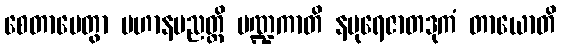
စေတာပေတွာ ပဟာနပညတ္တိ ပဏ္ဍကာတိ နပုရေဇာတဒုကံ တာယောတိ